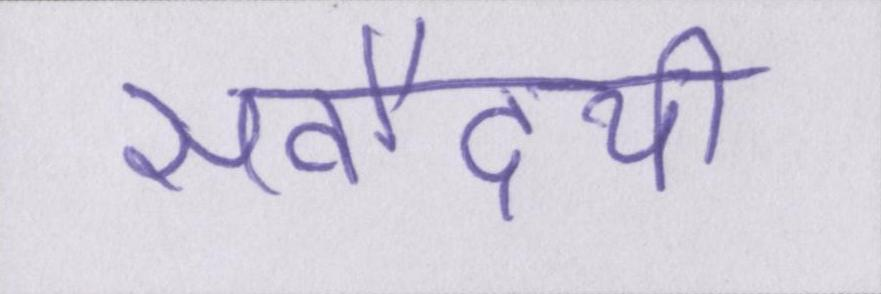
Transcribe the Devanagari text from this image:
सर्वोदयी